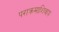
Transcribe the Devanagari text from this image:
पराक्रमाशिवाय